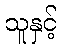
သူနှင့်